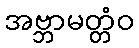
အဗ္ဘာမတ္တံဝ